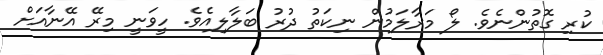
ކުރި ގޮތުންނެވެ. ލޯ މަރާލަމުން ނިކަތު ދުރު ބަލާލިއެވެ. ހީވަނީ މިރޭ އޭނާއަށް